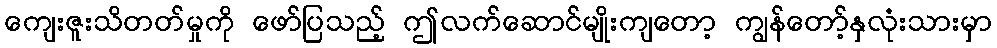
ကျေးဇူးသိတတ်မှုကို ဖော်ပြသည့် ဤလက်ဆောင်မျိုးကျတော့ ကျွန်တော့်နှလုံးသားမှာ